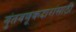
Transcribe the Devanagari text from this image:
गुंतवणूकदारांसाठी